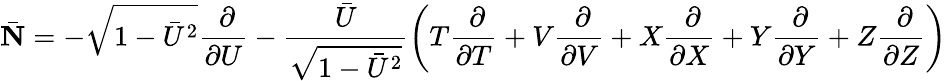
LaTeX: \bar{\mathbf N}=-\sqrt{1-\bar{U}^{2}}\frac{~\partial}{\partial U}-\frac{\bar{U}}{\sqrt{1-\bar{U}^{2}}}\left(T\frac{~\partial}{\partial T}+V\frac{~\partial}{\partial V}+X\frac{~\partial}{\partial X}+Y\frac{~\partial}{\partial Y}+Z\frac{~\partial}{\partial Z}\right)